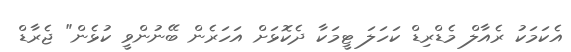
އެކަމަކު ރެއާލް މެޑްރިޑް ކަހަލަ ޓީމަކާ ދެކޮޅަށް އަހަރެން ބޭނުންވީ ކުޅެން" ޖެރާޑް